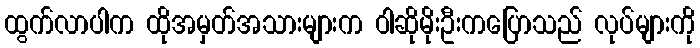
ထွက်လာပါက ထိုအမှတ်အသားများက ဝါဆိုမိုးဦးကပြောသည် လုပ်များကို